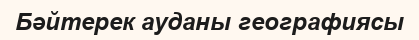
Бәйтерек ауданы географиясы